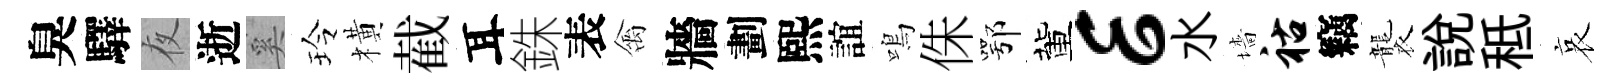
臭驛夜逝奚玲橫截耳銖表禽牆劃熙誼鳴侏鄂董E水墻祜竊襲説秪哀